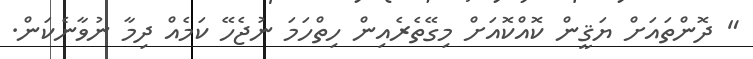
" ދޮންތައަށް ޔަޤީން ކޮއްކޮއަށް މިގޭތެރެއިން ހިތްހަމަ ނުޖެހޭ ކަމެއް ދިމާ ނުވާނެކަން.